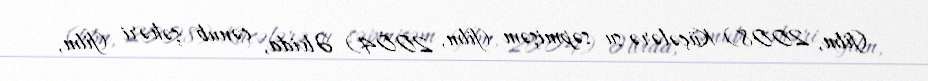
(film, 2008) Küçələrə su səpmişəm (film, 2004) Əlvida, cənub şəhəri (film,